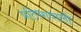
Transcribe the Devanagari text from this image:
प्रतिभावाली